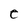
Character: e